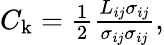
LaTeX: \begin{array}{r}{C_{\mathrm{k}}=\frac{1}{2}\frac{L_{ij}\sigma_{ij}}{\sigma_{ij}\sigma_{ij}},}\end{array}